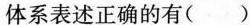
体系表述正确的有( )